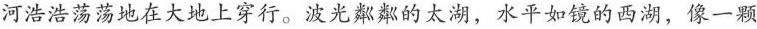
河浩浩荡荡地在大地上穿行。波光粼粼的太湖，水平如镜的西湖，像一颗